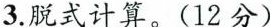
3.脱式计算。(12分)